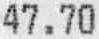
47.70